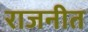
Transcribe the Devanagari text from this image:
राजनीत